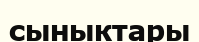
сыныктары